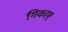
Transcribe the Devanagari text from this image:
गिकाए